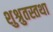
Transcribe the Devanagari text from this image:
शुश्रुतस्तथा